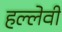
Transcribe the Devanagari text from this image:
हल्लेवी